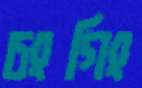
চংগিং